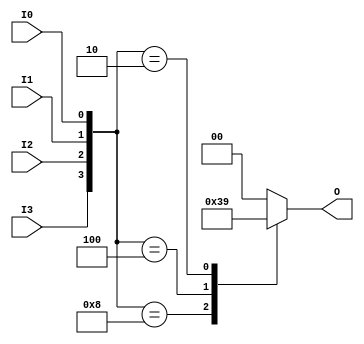
module relative_encoder (
    input wire I0,  // Input 0
    input wire I1,  // Input 1
    input wire I2,  // Input 2
    input wire I3,  // Input 3
    output reg [1:0] O  // 2-bit output
);

always @(*) begin
    case ({I3, I2, I1, I0})  // Concatenate inputs for priority encoding
        4'b1000: O = 2'b11;  // I3 active
        4'b0100: O = 2'b10;  // I2 active
        4'b0010: O = 2'b01;  // I1 active
        4'b0001: O = 2'b00;  // I0 active
        default: O = 2'b00;   // No active inputs or invalid state
    endcase
end

endmodule